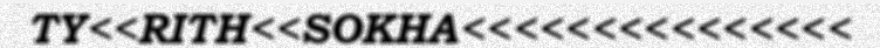
TY<<RITH<<SOKHA<<<<<<<<<<<<<<<